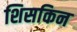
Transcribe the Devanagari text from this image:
शिसकिन